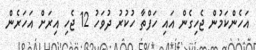
އަހެންކަމުން ޖެހިގެން އައި ހަފްތާ ހުކުރު ދުވަހު 12 ޖެހި އިރަށް އަހަރެން